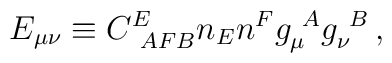
E_{\mu\nu} \equiv C^E_{~A F B}n_E n^F g_\mu^{~A}g_\nu^{~B} \,,